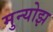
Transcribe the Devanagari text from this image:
मुन्योझ